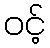
ဝင့်